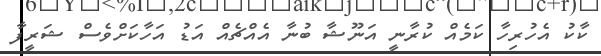
ކާކު އެހުރިހާ ކަމެއް ކުރާނީ އަނޫޝާ ބުނާ އެއްޗެއް އަޑު އަހާކަށްވެސް ޝަރީފާ